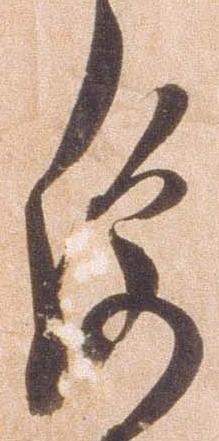
便